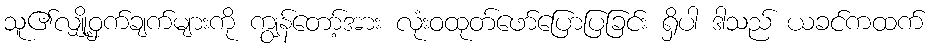
သူ၏လျှို့ဝှက်ချက်များကို ကျွန်တော့်အား လုံးဝထုတ်ဖော်ပြောပြခြင်း ရှိပါ ဒါသည် ယခင်ကထက်